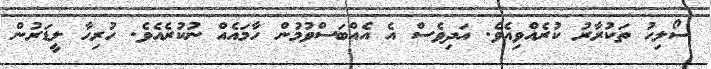
ސޯލިހު ތަކުރާރު ކުރެއްވިއެވެ. އަދިވެސް އެ އެއްބަސްވުމުން ހާމައެއް ނުކުރެއެވެ. ހުރިހާ ލީޑަރުން